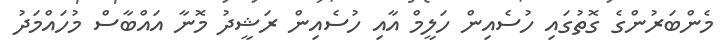
މެންބަރުންގެ ގޮތުގައި ހުސެއިން ހަލީމް އާއި ހުސެއިން ރަޝީދު މޮނާ އައްބާސް މުހައްމަދު